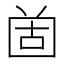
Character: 𡇤